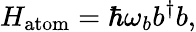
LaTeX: H_{\mathrm{atom}}=\hbar\omega_{b}b^{\dagger}b,